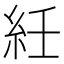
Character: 紝